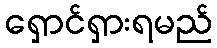
ရှောင်ရှားရမည်